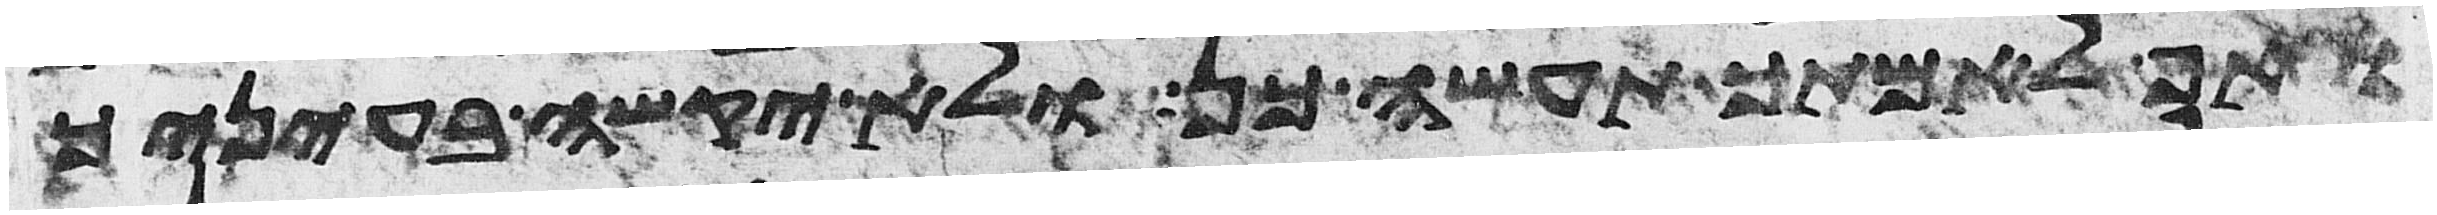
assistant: ואף לאמתך תעשה כן ולא יקשה בעיניך